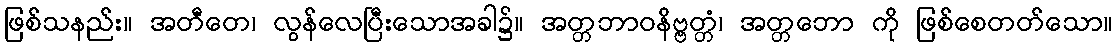
ဖြစ်သနည်း။ အတီတေ၊ လွန်လေပြီးသောအခါ၌။ အတ္တဘာဝနိဗ္ဗတ္တံ၊ အတ္တဘော ကို ဖြစ်စေတတ်သော။